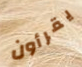
يقرأون